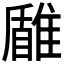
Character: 𩀐